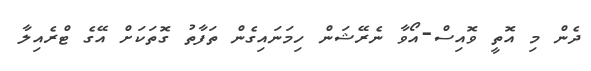
ދެން މި އޮތީ ވޮއިސް-އޯވާ ނެރޭޝަން ހިމަނައިގެން ތަފާތު ގޮތަކަށް އޭގެ ޓްރެއިލާ